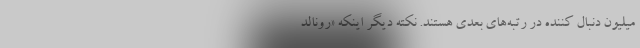
میلیون دنبال کننده در رتبه‌های بعدی هستند. نکته دیگر اینکه «رونالد